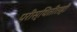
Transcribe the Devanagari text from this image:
परीस्थितीतही